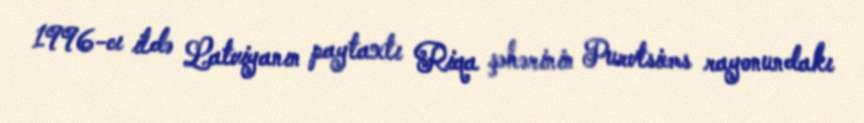
1996-cı ildə Latviyanın paytaxtı Riqa şəhərinin Purvtsiems rayonundakı